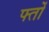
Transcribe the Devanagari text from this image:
फ्तों